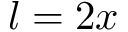
l = 2 x